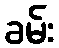
ခမ်း